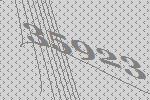
35923